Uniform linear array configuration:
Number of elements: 4
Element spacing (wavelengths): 0.25
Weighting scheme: uniform
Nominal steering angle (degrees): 30
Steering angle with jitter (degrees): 30.739
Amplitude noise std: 0.05
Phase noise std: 0.05

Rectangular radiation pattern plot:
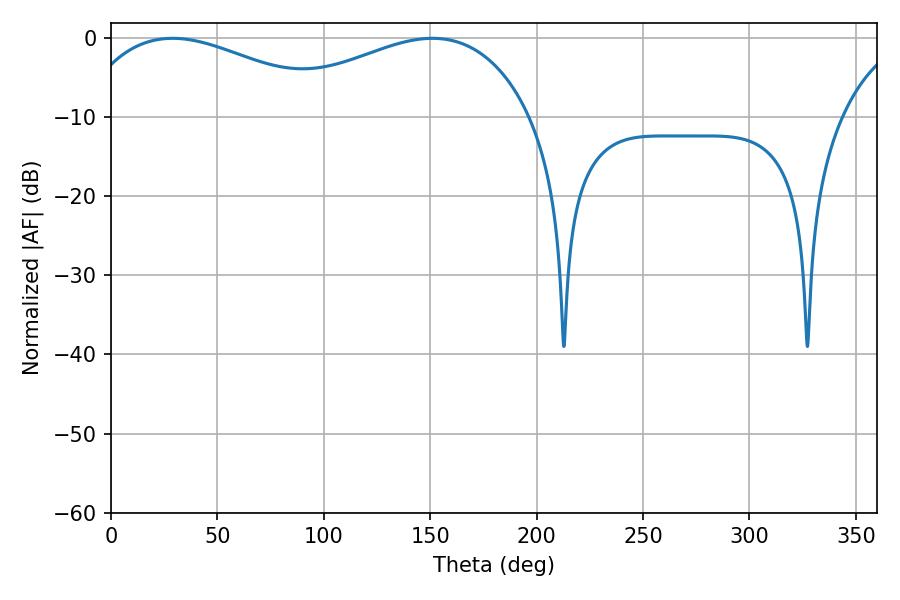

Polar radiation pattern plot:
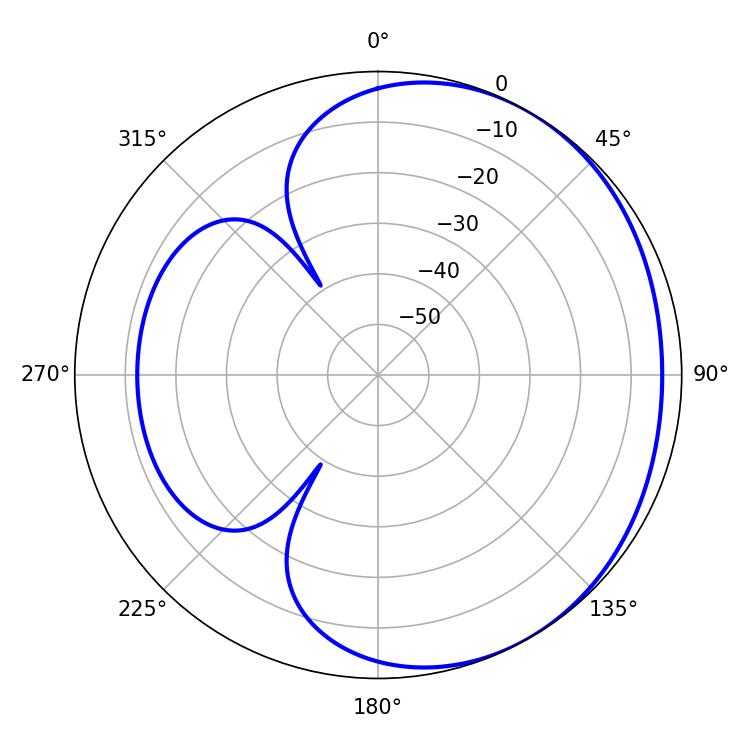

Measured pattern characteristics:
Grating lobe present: FALSE
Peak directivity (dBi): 2.102
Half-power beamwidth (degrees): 69.66
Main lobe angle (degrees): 28.98